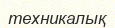
техникалық